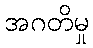
အဂတိမှု